Annual statistical returns and brief notes on vaccination in Bengal - 1896-1909
Year: 1896
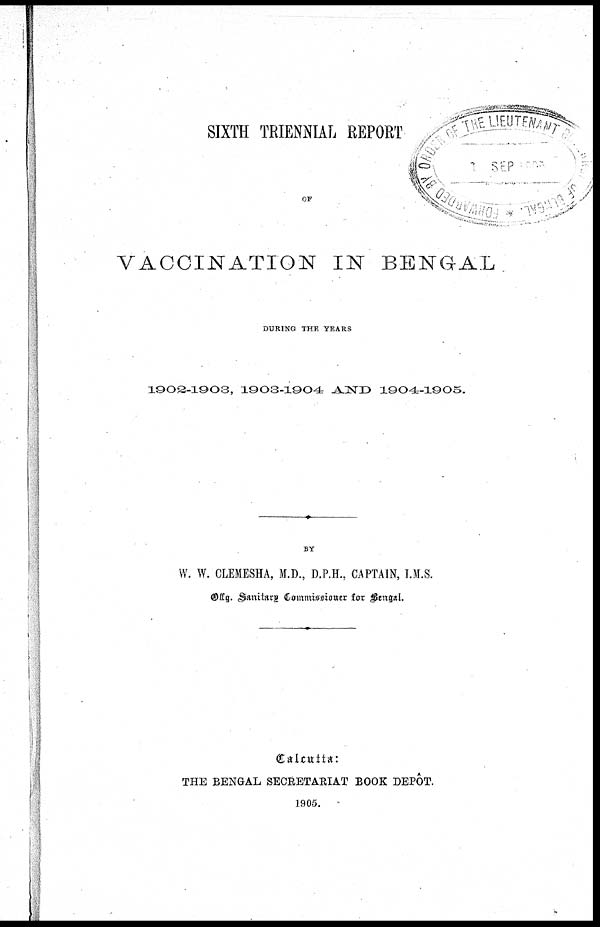
SIXTH TRIENNIAL REPORT
OF
VACCINATION IN BENGAL
DURING THE YEARS
1902-1903, 1903-1904 AND 1904-1905.
BY
W. W. CLEMESHA, M.D., D.P.H., CAPTAIN, I.M.S.
Offg. Sanitary Commissioner for Bengal.
Calcutta:
THE BENGAL SECRETARIAT BOOK DEPÔT.
1905.